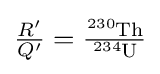
{\tfrac {R'}{Q'}}={\tfrac {{\ce {^230Th}}}{{\ce {^234U}}}}